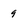
Character: 9